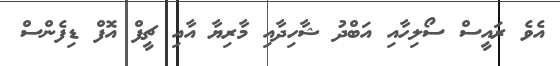
އެވެ ރައީސް ސޯލިހާއި އަބްދު ޝާހިދާއި މާރިޔާ އާއި ޗީފް އޮފް ޑިފެންސް